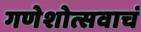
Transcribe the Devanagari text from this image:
गणेशोत्सवाचं